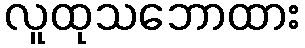
လူထုသဘောထား